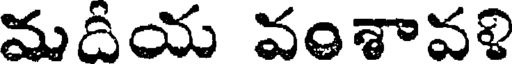
మదియ వంశావళి